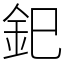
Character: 釲